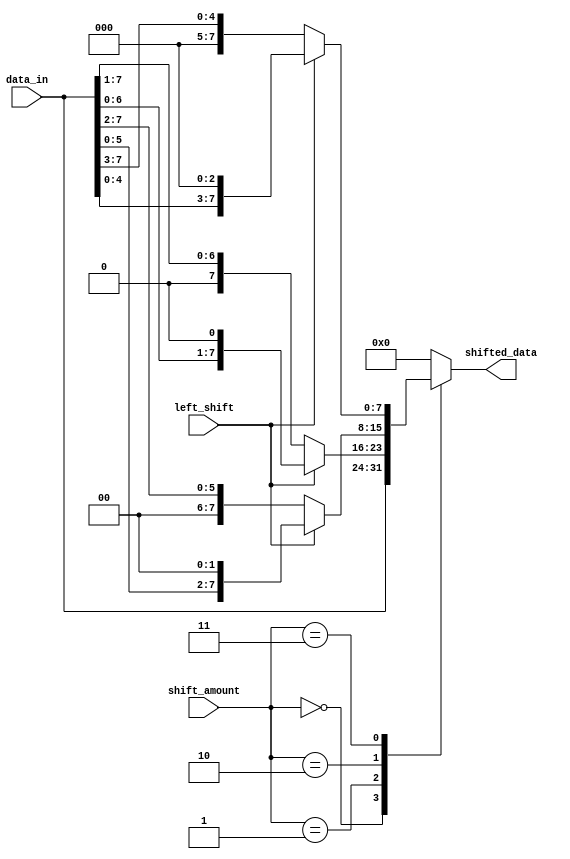
module Barrel_Shifter (
    input [7:0] data_in,
    input [2:0] shift_amount,
    input left_shift,
    output [7:0] shifted_data
);

reg [7:0] output_data;

always @(*) begin
    case (shift_amount)
        3'b000: output_data = data_in; // No shift
        3'b001: output_data = left_shift ? data_in << 1 : data_in >> 1; // Shift by 1 bit
        3'b010: output_data = left_shift ? data_in << 2 : data_in >> 2; // Shift by 2 bits
        3'b011: output_data = left_shift ? data_in << 3 : data_in >> 3; // Shift by 3 bits
        // Add more cases for additional shift amounts
        default: output_data = 8'b0; // Default case
    endcase
end

assign shifted_data = output_data;

endmodule